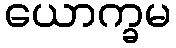
ယောက္ခမ